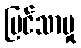
မြင်သာမှု